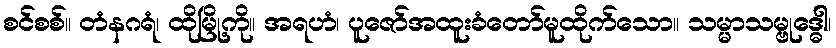
စင်စစ်။ တံနဂရံ၊ ထိုမြို့ကို။ အရဟံ၊ ပူဇော်အထူးခံတော်မူထိုက်သော။ သမ္မာသမ္ဗုဒ္ဓေါ၊